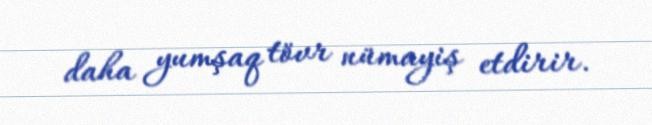
daha yumşaq tövr nümayiş etdirir.